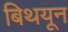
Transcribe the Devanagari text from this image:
बिथयून